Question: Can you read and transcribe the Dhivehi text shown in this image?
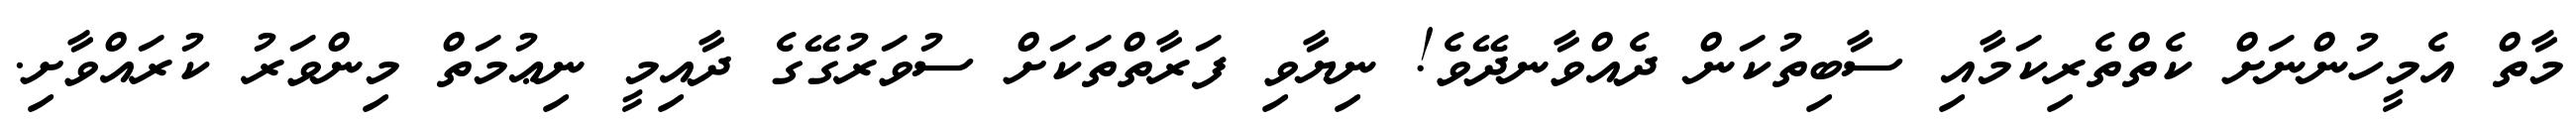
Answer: މާތް އެމީހުންނަށް ކެތްތެރިކަމާއި ސާބިތުކަން ދެއްވާނދޭވެ! ނިޔާވި ފަރާތްތަކަށް ސުވަރުގޭގެ ދާއިމީ ނިޢުމަތް މިންވަރު ކުރައްވާށި.